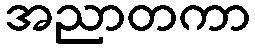
အညာတကာ